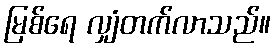
မြစ်ရေ လျှံတက်လာသည်။